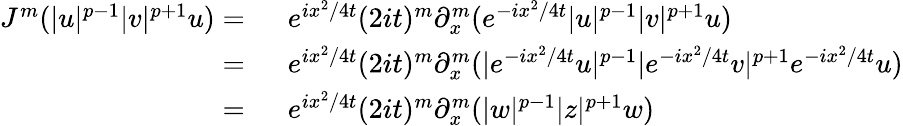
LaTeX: \begin{array}{rl}{J^{m}(|u|^{p-1}|v|^{p+1}u)=\ }&{e^{ix^{2}/4t}(2it)^{m}\partial_{x}^{m}(e^{-ix^{2}/4t}|u|^{p-1}|v|^{p+1}u)}\\ {=\ }&{e^{ix^{2}/4t}(2it)^{m}\partial_{x}^{m}(|e^{-ix^{2}/4t}u|^{p-1}|e^{-ix^{2}/4t}v|^{p+1}e^{-ix^{2}/4t}u)}\\ {=\ }&{e^{ix^{2}/4t}(2it)^{m}\partial_{x}^{m}(|w|^{p-1}|z|^{p+1}w)}\end{array}